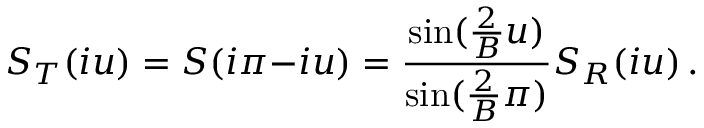
S _ { T } ( i u ) = S ( i \pi { - } i u ) = \frac { \sin ( \frac { 2 } { B } u ) } { \sin ( \frac { 2 } { B } \pi ) } S _ { R } ( i u ) \, .